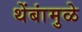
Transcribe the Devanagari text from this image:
थेंबांमुळे